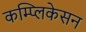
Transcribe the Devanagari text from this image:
कम्प्लिकेसन